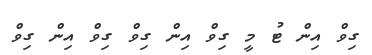
ގިވް އިން ޓު މީ ގިވް އިން ގިވް ގިވް އިން ގިވް